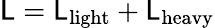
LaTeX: {\cal\mathsf{L}}={\cal\mathsf{L}}_{\mathrm{{light}}}+{\cal\mathsf{L}}_{\mathrm{{heavy}}}